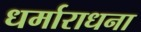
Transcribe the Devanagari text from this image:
धर्माराधना